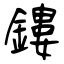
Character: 鏤